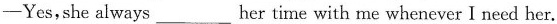
-Yes,she always ___ her time with me whenever I need her.